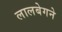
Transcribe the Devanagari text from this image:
लालबेगने